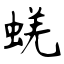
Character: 蜣